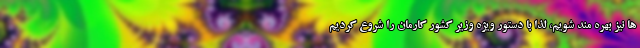
ها نیز بهره مند شویم، لذا با دستور ویژه وزیر کشور کارمان را شروع کردیم